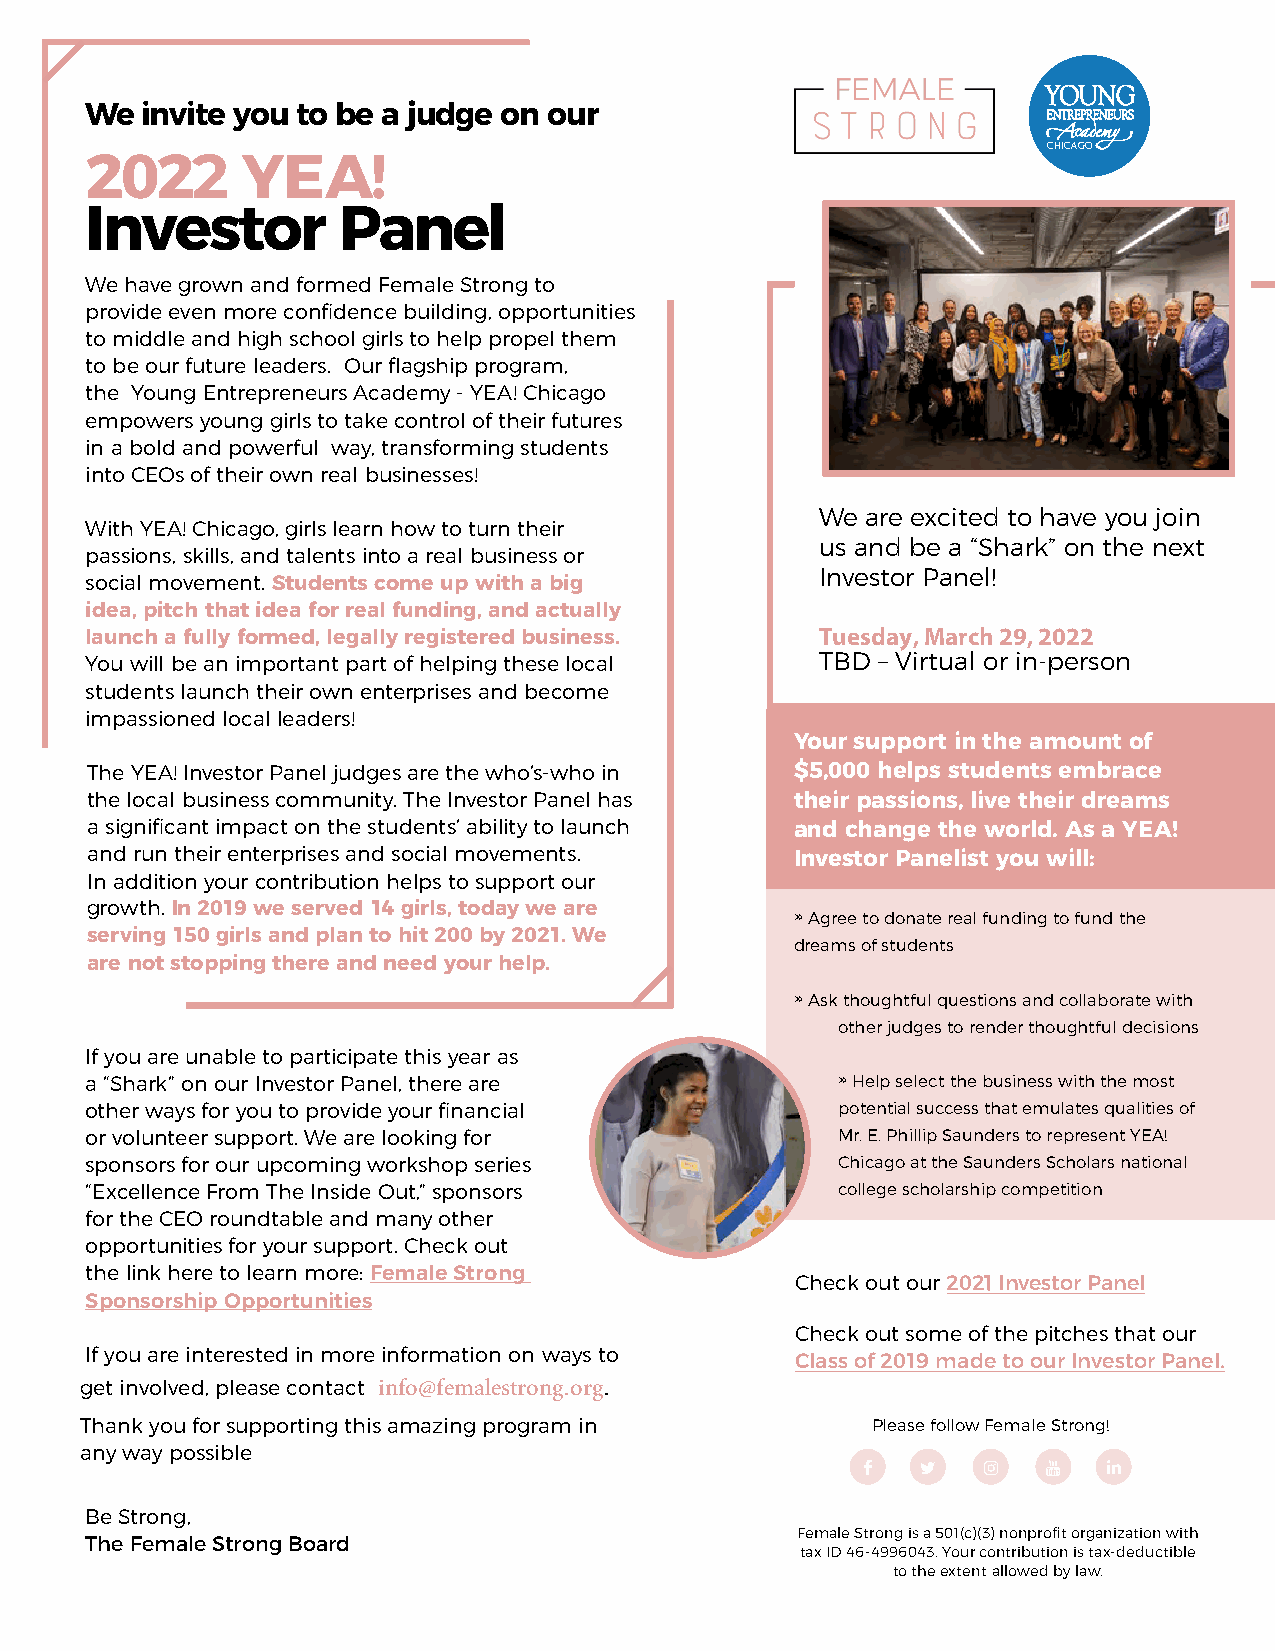
YOUNG
 We  invite you to be a judge on our                            ENTREPRENEURS
 CHICAGO
 2022      YEA!
 Investor        Panel
 We have grown and formed Female Strong to
 provide even more confidence building, opportunities
 to middle and high school girls to help propel them
 to be our future leaders. Our flagship program,
 the Young Entrepreneurs Academy - YEA! Chicago
 empowers young girls to take control of their futures
 in a bold and powerful way, transforming students
 into CEOs of their own real businesses!
 We are excited to have you join
 With YEA! Chicago, girls learn how to turn their
 us and be a “Shark” on the next
 passions, skills, and talents into a real business or
 Investor Panel!
 social movement. Students come up with a big
 idea, pitch that idea for real funding, and actually
 launch a fully formed, legally registered business. Tuesday, March 29, 2022
 You will be an important part of helping these local TBD – Virtual or in-person
 students launch their own enterprises and become
 impassioned local leaders!
 Your support in the amount of
 The YEA! Investor Panel judges are the who’s-who in $5,000 helps students embrace
 the local business community. The Investor Panel has their passions, live their dreams
 a significant impact on the students’ ability to launch and change the world. As a YEA!
 and run their enterprises and social movements. Investor Panelist you will:
 In addition your contribution helps to support our
 growth. In 2019 we served 14 girls, today we are »
 Agree to donate real funding to fund the
 serving 150 girls and plan to hit 200 by 2021. We
 dreams of students
 are not stopping there and need your help.
 »
 Ask thoughtful questions and collaborate with
 other judges to render thoughtful decisions
 If you are unable to participate this year as
 »
 a “Shark” on our Investor Panel, there are        Help select the business with the most
 other ways for you to provide your financial     potential success that emulates qualities of
 or volunteer support. We are looking for         Mr. E. Phillip Saunders to represent YEA!
 sponsors for our upcoming workshop series        Chicago at the Saunders Scholars national
 “Excellence From The Inside Out,” sponsors       college scholarship competition
 for the CEO roundtable and many other
 opportunities for your support. Check out
 the link here to learn more: Female Strong
 Check out our 2021 Investor Panel
 Sponsorship Opportunities
 Check out some of the pitches that our
 If you are interested in more information on ways to
 Class of 2019 made to our Investor Panel.
 get involved, please contact info@femalestrong.org.
 Thank you for supporting this amazing program in     Please follow Female Strong!
 any way possible
             
 Be Strong,
 Female Strong is a 501(c)(3) nonprofit organization with
 The Female Strong Board
 tax ID 46-4996043. Your contribution is tax-deductible
 to the extent allowed by law.